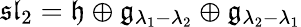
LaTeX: {\mathfrak{sl}}_{2}={\mathfrak{h}}\oplus{\mathfrak{g}}_{\lambda_{1}-\lambda_{2}}\oplus{\mathfrak{g}}_{\lambda_{2}-\lambda_{1}}